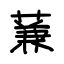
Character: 蒹